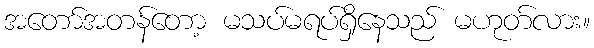
အတော်အတန်တော့ မသပ်မရပ်ရှိနေသည် မဟုတ်လား။